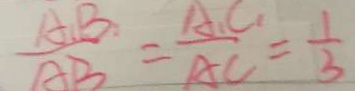
\frac { A _ { 1 } B } { A B } = \frac { A _ { 1 } C _ { 1 } } { A C } = \frac { 1 } { 3 }